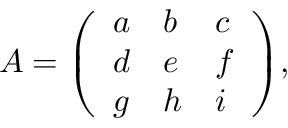
A = { \left( \begin{array} { l l l } { a } & { b } & { c } \\ { d } & { e } & { f } \\ { g } & { h } & { i } \end{array} \right) } ,